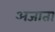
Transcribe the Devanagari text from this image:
अजाता